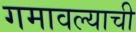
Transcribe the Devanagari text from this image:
गमावल्याची